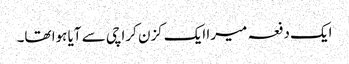
ایک دفعہ میرا ایک کزن کراچی سے آیا ہوا تھا۔